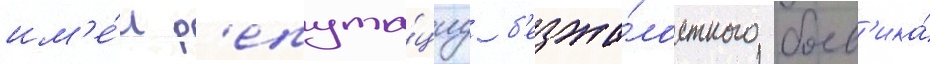
им'е́л р'епута́циу б'езжа́лостного боев'ика́